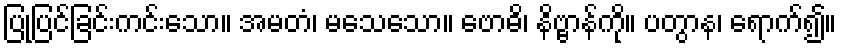
ပြုပြင်ခြင်းကင်းသော။ အမတံ၊ မသေသော။ ဗောဓိ၊ နိဗ္ဗာန်ကို။ ပတွာန၊ ရောက်၍။